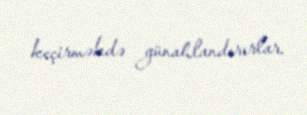
keçirməkdə günahlandırırlar.